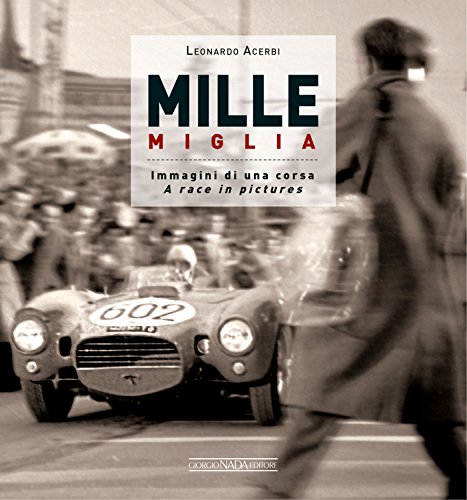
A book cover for MILLE MIGLIA: Immagini di una corsa/A race in pictures; Leonardo Acerbi; Engineering & Transportation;